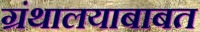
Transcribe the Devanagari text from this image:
ग्रंथालयाबाबत